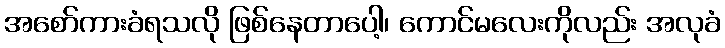
အစော်ကားခံရသလို ဖြစ်နေတာပေါ့၊ ကောင်မလေးကိုလည်း အလုခံ